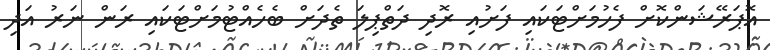
އޮޕަރޭޝަންކޮށް ފެހުމަށްޓަކައި ފަށުއި ރޮދި ދަތްޕިލަ ތެދަށް ބެހެއްޓުމަށްޓަކައި ރަން ނަރު އަދި